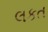
લકત